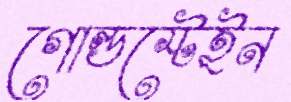
গোল্ডস্টেইন